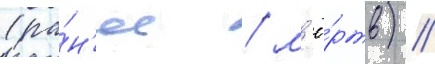
(ра́н'ее / м'ё́ртв) //